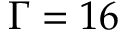
\Gamma = 1 6